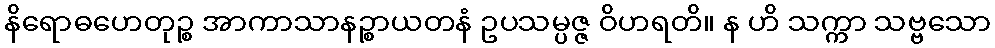
နိရောဓဟေတုဉ္စ အာကာသာနဉ္စာယတနံ ဥပသမ္ပဇ္ဇ ဝိဟရတိ။ န ဟိ သက္ကာ သဗ္ဗသော